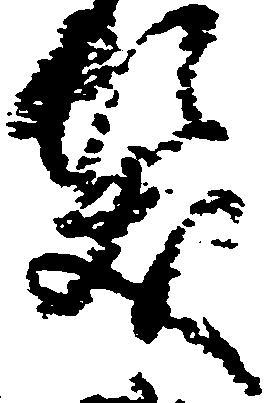
髪